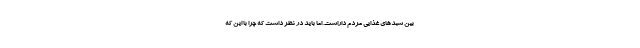
بین سبدهای غذایی مردم داراست. اما باید در نظر داشت که چرا با این که